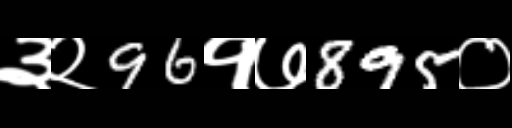
Text: ३२96१७895०